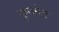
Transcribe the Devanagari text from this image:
कुज्नेट